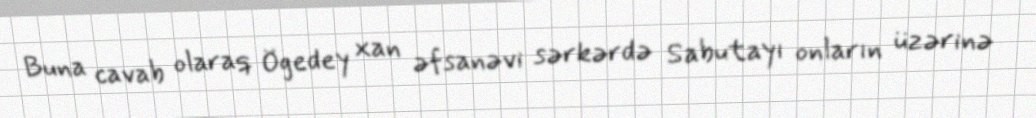
Buna cavab olaraq Ögedey xan əfsanəvi sərkərdə Sabutayı onların üzərinə